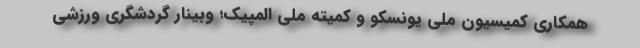
همکاری کمیسیون ملی یونسکو و کمیته ملی المپیک؛ وبینار گردشگری ورزشی